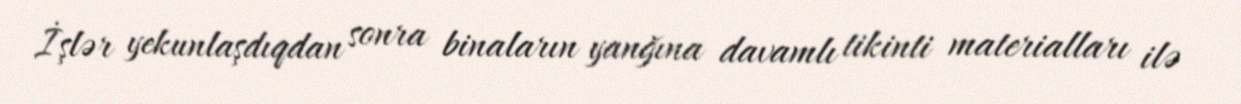
İşlər yekunlaşdıqdan sonra binaların yanğına davamlı tikinti materialları ilə